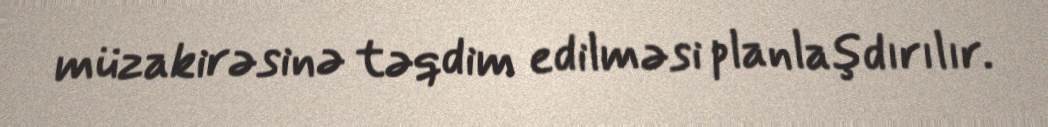
müzakirəsinə təqdim edilməsi planlaşdırılır.